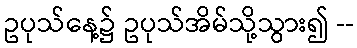
ဥပုသ်နေ့၌ ဥပုသ်အိမ်သို့သွား၍ --